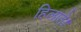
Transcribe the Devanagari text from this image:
हिलाते।